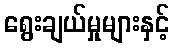
ရွေးချယ်မှုများနှင့်